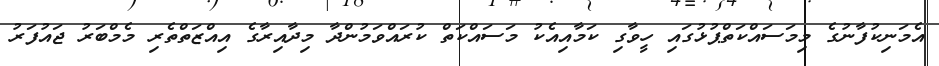
އެމަނިކުފާނުގެ މިމަސައްކަތްޕުޅުގައި ހީވާގި ކަމާއިއެކު މަސައްކަތް ކުރައްވަމުންދާ މިދާއިރާގެ އިއްޒަތްތެރި މެމްބަރު ޖައުފަރު